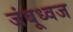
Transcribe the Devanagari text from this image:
जंबूध्वज